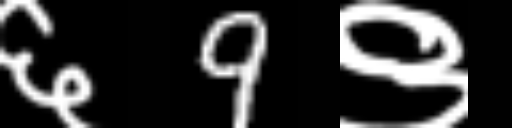
Text: ६9९